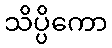
သိပ္ပိကော